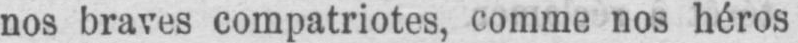
nos braves compatriotes, comme nos héros